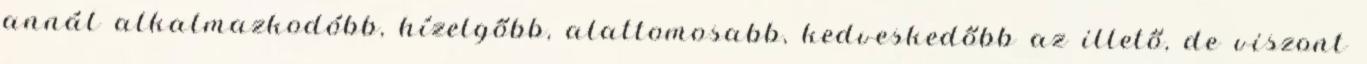
annál alkalmazkodóbb, hízelgőbb, alattomosabb, kedveskedőbb az illető, de viszont